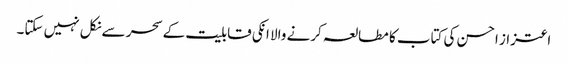
اعتزاز احسن کی کتاب کا مطالعہ کرنے والا انکی قابلیت کے سحر سے نکل نہیں سکتا۔